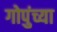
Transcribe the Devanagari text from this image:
गोपुंच्या